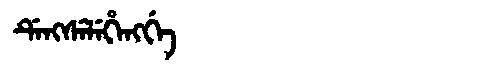
Manchu: ᡩᡝᠩᠰᡝᠯᡝᡥᡝᠩᡤᡝ
Romanization: DENGSELEHENGGE